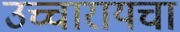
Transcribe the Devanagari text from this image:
उच्चारायचा